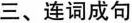
三、连词成句